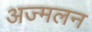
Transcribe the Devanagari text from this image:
अज्मलन